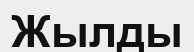
Жылды